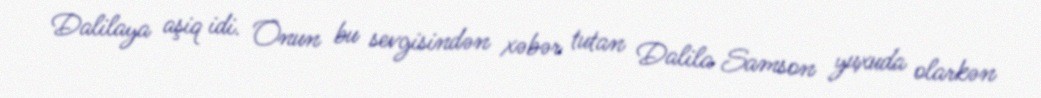
Dalilaya aşiq idi. Onun bu sevgisindən xəbər tutan Dalila Samson yuxuda olarkən